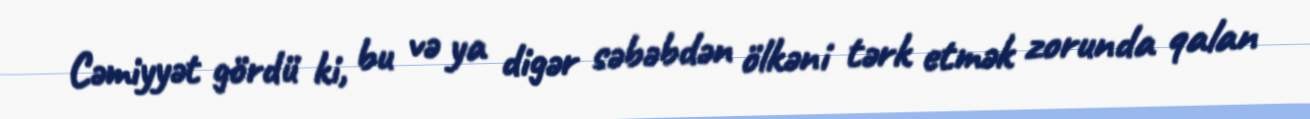
Cəmiyyət gördü ki, bu və ya digər səbəbdən ölkəni tərk etmək zorunda qalan